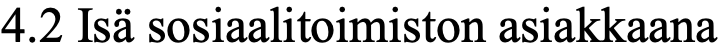
4.2 Isä sosiaalitoimiston asiakkaana